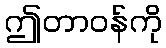
ဤတာဝန်ကို